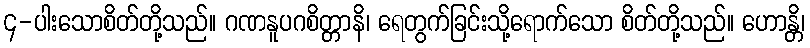
၄-ပါးသောစိတ်တို့သည်။ ဂဏနူပဂစိတ္တာနိ၊ ရေတွက်ခြင်းသို့ရောက်သော စိတ်တို့သည်။ ဟောန္တိ၊